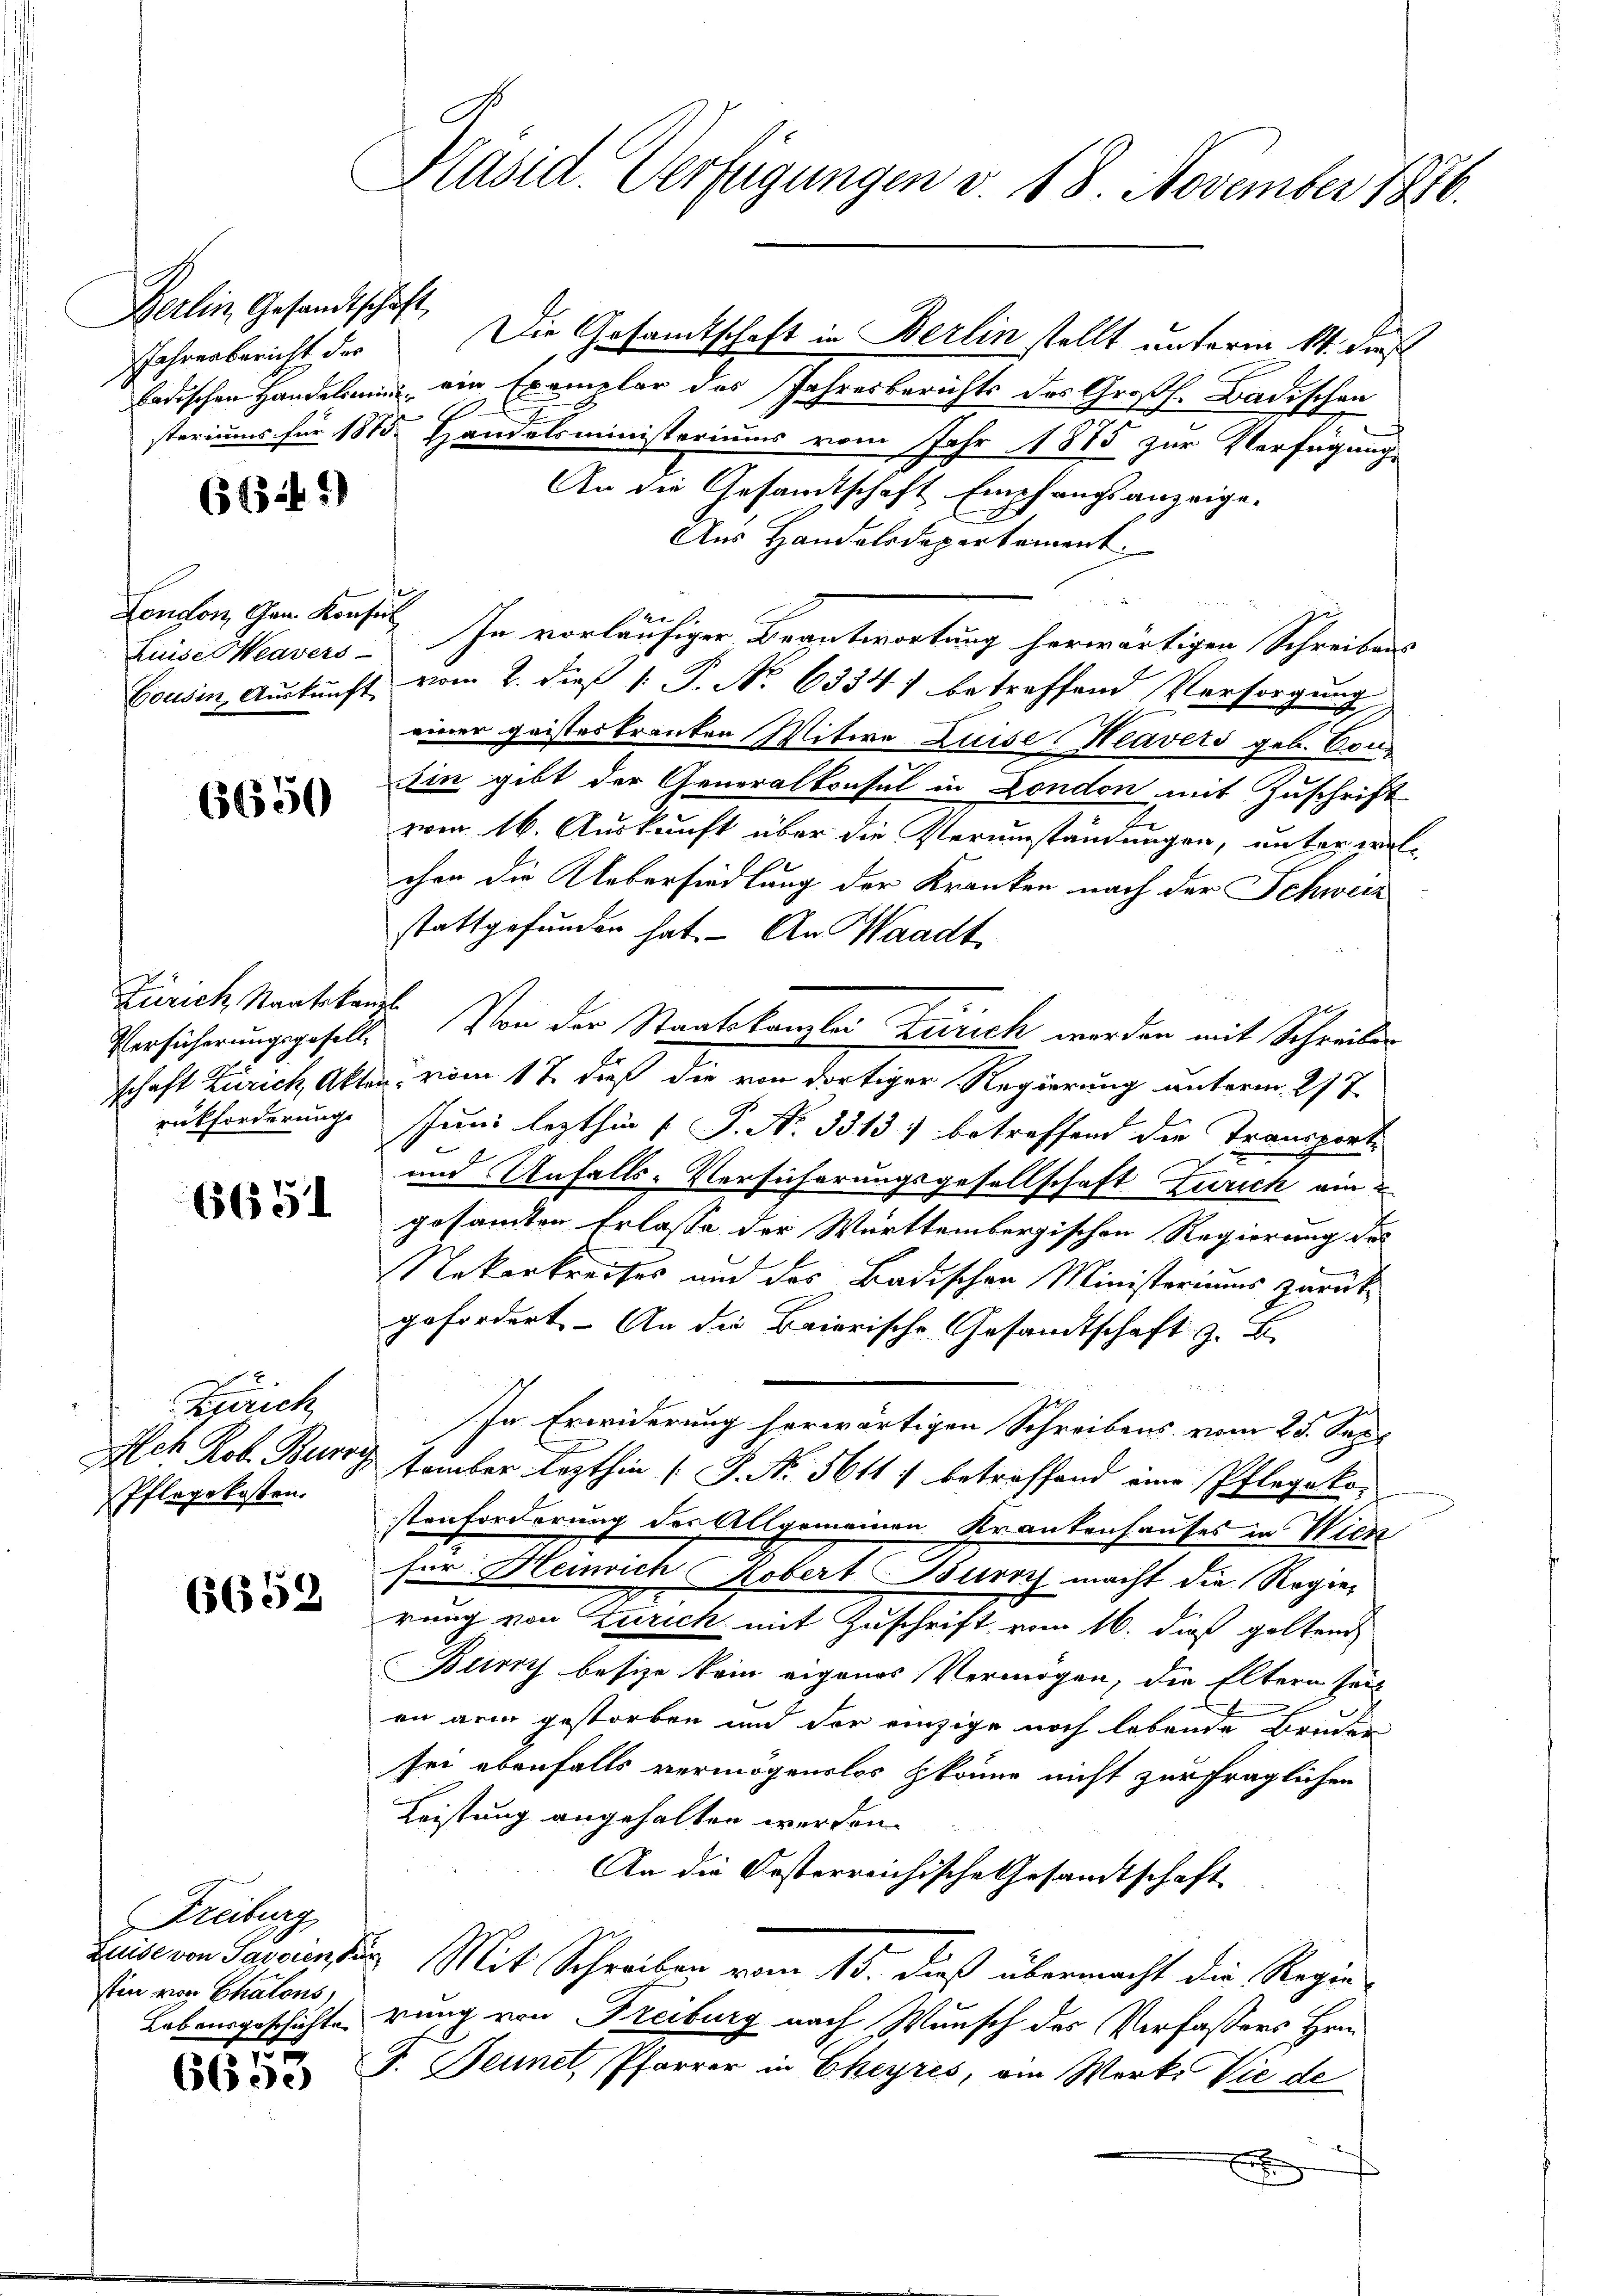
Berlin Gesandtschaft

66.41)

Luise Meavers

6650

Zürich, Staatskanzl
rückforderungs

6651

Zürich
Pflegekosten.

6658

Freiburg
sten von Chalons,

6653

Präsid. Verfügungen v. 18. November 1816.

Jahresbericht der Die Gesamtschaft in Berlin stellt unterm 14. dies
ladischen Handelung ein Exemplar des Jahresberichts des Großh. Badischen
A
steriums für 1875. Handelsministeriums vom Jahr 1885 zur Verfügung
An die Gesandtschaft Empfangsanzeige.
Aus Handelsdepertement.
London den Konsil. In vorläufiger Beantwortung herwärtigen Schreibens
Cousin Aŭskŭnft vom 2. dieß 1. P. No. 6334) betreffend Versorgung
einer geisteskranken Mitwe Luise Klavers geb. Son
Ein gibt der Generalkonsul in London mit Zuschrift
von 16. Auskunft über die Verumständungen, unter welchen die Uebersiedlung der Kranken nach der Schweiz
stattgefunden hat. – An Waadt
Versicherungsgesells. Von der Staatskanzlei Zürich werden mit Schreiben
schaft Zürich, Akten vom 17. dieß die von dortiger Regierung unterm 277.
Juni lezthin  P. No. 3313) betreffend die Transport
und Unfalls-Versicherungsgesellschaft Zürich ein
gesammten Erlasse der Württembergischen Regierung des
Nekarkreises und des Badischen Ministeriums zurück
gefordert. An die Baierische Gesandtschaft z. B.

In Erwiderung herwärtigen Schreibens vom 25. Sept
Aeh Rob. Berry tember Lezthin (S. Nr. 5611) betreffend eine Pflegekostenforderung der Allgemeinen Krankenhauses in Wien
hen Heinrich Robert Burg macht die Regier
rung von Zürich mit Zuschrift vom 16. dieß geltend
Bury besize kein eigenes Vermögen, die Eltern seit
on arm gestorben und der einzige noch lebende Bruder
sei ebenfalls vermögenslos könne nicht zur fraglichen
Leistung angehalten werden.
An die Oesterreichische Gesandtschaft
teuse von Sarantes Mit Schreiben vom 15. dieß übermacht die Regie
Lebensgeschichte rung von Freiburg nach Wunsch des Verfassers Hrn.
V. Bennet, Pfarrer in Eheyres, ein Werke Vie de
x